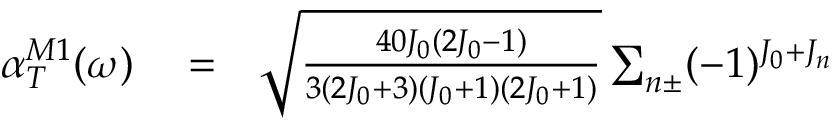
\begin{array} { r l r } { \alpha _ { T } ^ { M 1 } ( \omega ) } & { { } = } & { \sqrt { \frac { 4 0 J _ { 0 } ( 2 J _ { 0 } - 1 ) } { 3 ( 2 J _ { 0 } + 3 ) ( J _ { 0 } + 1 ) ( 2 J _ { 0 } + 1 ) } } \sum _ { n \pm } ( - 1 ) ^ { J _ { 0 } + J _ { n } } } \end{array}